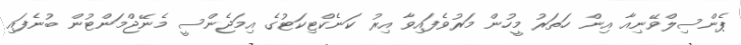
ޕެންސިލްވޭނިއާ އިން ހަތަރު މީހުން މަރުވެފައިވާ އިރު ކަނެކްޓިކަޓުގެ އިމަޖެންސީ މެނޭޖްމަންޓުން ބުނެފައި